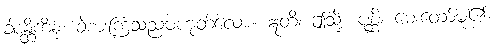
ခါဒန္တိကိံနု၊ ခဲစားကြသည်မဟုတ်လော။ ဣတိ၊ ဤသို့။ ပုစ္ဆိ၊ မေးတော်မူ၏။